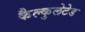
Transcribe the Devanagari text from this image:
कैल्कुलेटेड